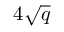
4 { \sqrt { q } }